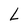
Character: L